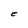
Character: C